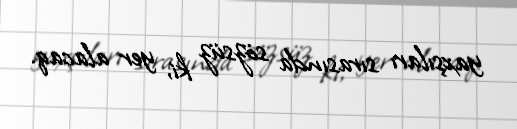
yaxşıları sırasında sözsüz ki, yer alacaq.